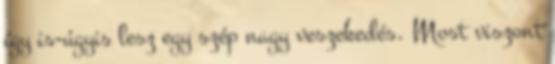
így is-úgyis lesz egy szép nagy veszekedés. Most viszont